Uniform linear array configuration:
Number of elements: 4
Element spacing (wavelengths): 1
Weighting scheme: exponential
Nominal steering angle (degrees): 60
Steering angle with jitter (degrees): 58.014
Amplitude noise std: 0.05
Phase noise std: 0.05

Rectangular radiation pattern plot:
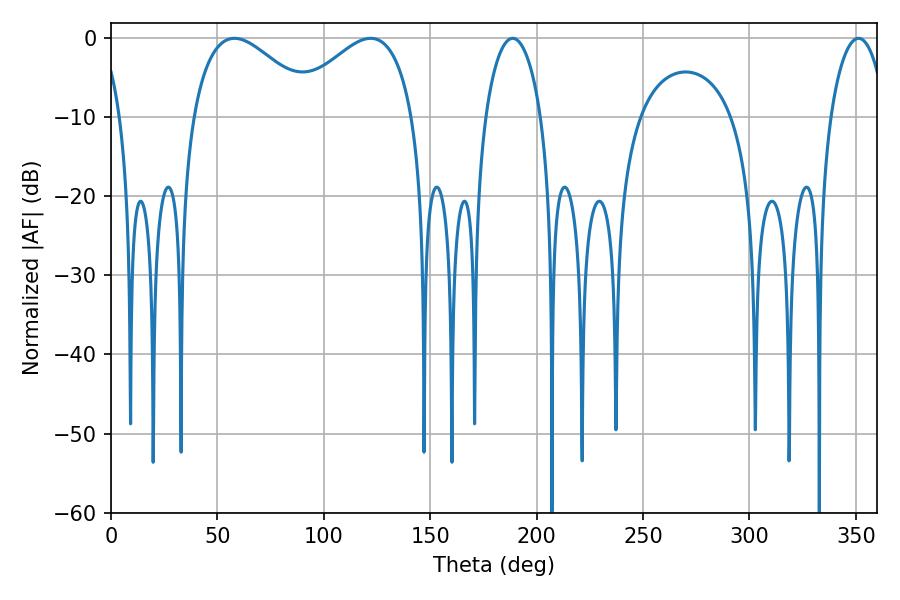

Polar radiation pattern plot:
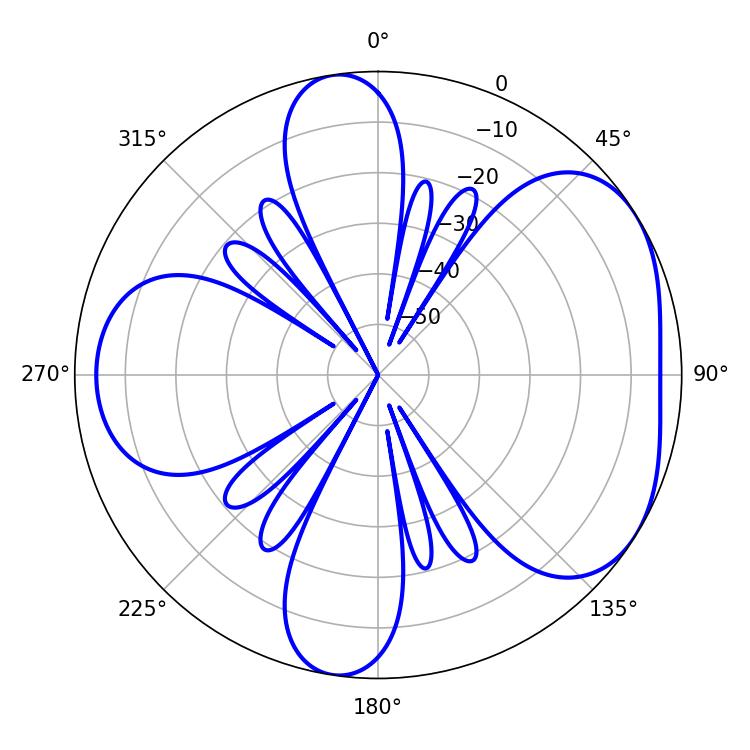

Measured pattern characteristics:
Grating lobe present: TRUE
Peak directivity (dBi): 4.573
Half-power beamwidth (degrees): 31.68
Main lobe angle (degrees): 57.96